Report of the Indian Hemp Drugs Commission, 1894-1895 - Volume IV
Year: 1894
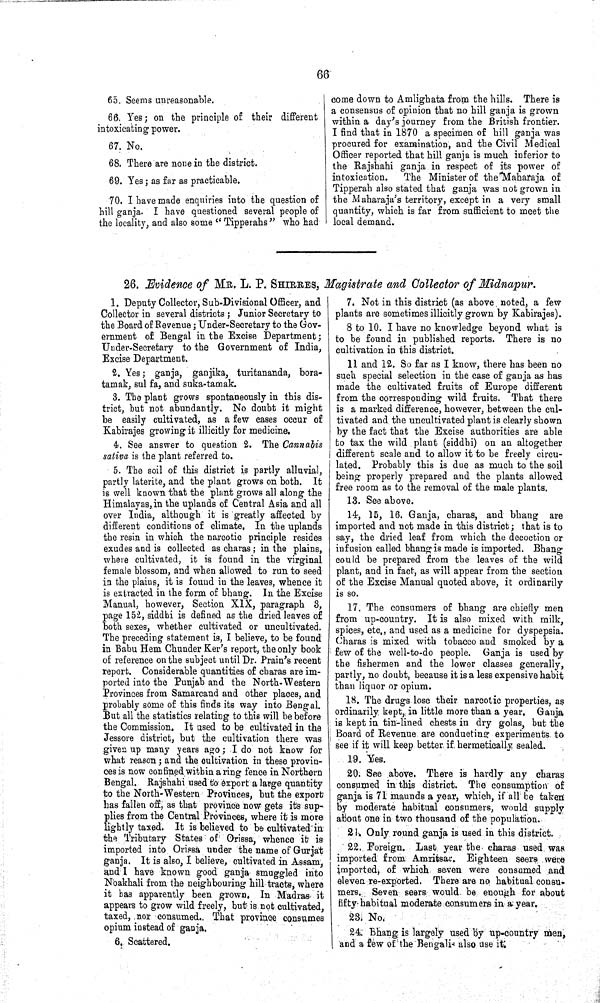
66
65. Seems unreasonable.
66. Yes; on the principle of their different
intoxicating power.
67. No.
68. There are none in the district.
69. Yes; as far as practicable.
70. I have made enquiries into the question of
hill ganja. I have questioned several people of
the locality, and also some "Tipperahs" who had
come down to Amlighata from the hills. There is
a consensus of opinion that no hill ganja is grown
within a day's journey from the British frontier.
I find that in 1870 a specimen of hill ganja was
procured for examination, and the Civil Medical
Officer reported that hill ganja is much inferior to
the Rajshahi ganja in respect of its power of
intoxication. The Minister of the Maharaja of
Tipperah also stated that ganja was not grown in
the Maharaja's territory, except in a very small
quantity, which is far from sufficient to meet the
local demand.
26. Evidence of MR. L. P. SHIRRES, Magistrate and Collector of Midnapur.
1. Deputy Collector, Sub-Divisional Officer, and
Collector in several districts; Junior Secretary to
the Board of Revenue; Under-Secretary to the Gov¬
ernment of Bengal in the Excise Department;
Under-Secretary to the Government of India,
Excise Department.
2. Yes; ganja, ganjika, turitananda, bora-
tamak, sul fa, and suka-tamak.
3. The plant grows spontaneously in this dis¬
trict, but not abundantly. No doubt it might
be easily cultivated, as a few cases occur of
Kabirajes growing it illicitly for medicine.
4. See answer to question 2. The Cannabis
sativa is the plant referred to.
5. The soil of this district is partly alluvial,
partly laterite, and the plant grows on both. It
is well known that the plant grows all along the
Himalayas, in the uplands of Central Asia and all
over India, although it is greatly affected by
different conditions of climate. In the uplands
the resin in which the narcotic principle resides
exudes and is collected as charas; in the plains,
where cultivated, it is found in the virginal
female blossom, and when allowed to run to seed
in the plains, it is found in the leaves, whence it
is extracted in the form of bhang. In the Excise
Manual, however, Section XIX, paragraph 3,
page 152, siddhi is defined as the dried leaves of
both sexes, whether cultivated or uncultivated.
The preceding statement is, I believe, to be found
in Babu Hem Chunder Ker's report, the only book
of reference on the subject until Dr. Prain's recent
report. Considerable quantities of charas are im¬
ported into the Punjab and the North-Western
Provinces from Samarcand and other places, and
probably some of this finds its way into Bengal.
But all the statistics relating to this will be before
the Commission. It used to be cultivated in the
Jessore district, but the cultivation there was
given up many years ago; I do not know for
what reason; and the cultivation in these provin¬
ces is now confined within a ring fence in Northern
Bengal. Rajshahi used to export a large quantity
to the North-Western Provinces, but the export
has fallen off, as that province now gets its sup¬
plies from the Central Provinces, where it is more
lightly taxed. It is believed to be cultivated in
the Tributary States of Orissa, whence it is
imported into Orissa under the name of Gurjat
ganja. It is also, I believe, cultivated in Assam,
and I have known good ganja smuggled into
Noakhali from the neighbouring hill tracts, where
it has apparently been grown. In Madras it
appears to grow wild freely, but is not cultivated,
taxed, nor consumed. That province consumes
opium instead of ganja.
6. Scattered.
7. Not in this district (as above noted, a few
plants are sometimes illicitly grown by Kabirajes).
8 to 10. I have no knowledge beyond what is
to be found in published reports. There is no
cultivation in this district.
11 and 12. So far as I know, there has been no
such special selection in the case of ganja as has
made the cultivated fruits of Europe different
from the corresponding wild fruits. That there
is a marked difference, however, between the cul¬
tivated and the uncultivated plant is clearly shown
by the fact that the Excise authorities are able
to tax the wild plant (siddhi) on an altogether
different scale and to allow it to be freely circu¬
lated. Probably this is due as much to the soil
being properly prepared and the plants allowed
free room as to the removal of the male plants.
13. See above.
14, 15, 16. Ganja, charas, and bhang are
imported and not made in this district; that is to
say, the dried leaf from which the decoction or
infusion called bhang is made is imported. Bhang
could be prepared from the leaves of the wild
plant, and in fact, as will appear from the section
of the Excise Manual quoted above, it ordinarily
is so.
17. The consumers of bhang are chiefly men
from up-country. It is also mixed with milk,
spices, etc., and used as a medicine for dyspepsia.
Charas is mixed with tobacco and smoked by a
few of the well-to-do people. Ganja is used by
the fishermen and the lower classes generally,
partly, no doubt, because it is a less expensive habit
than liquor or opium.
18. The drugs lose their narcotic properties, as
ordinarily kept, in little more than a year. Ganja
is kept in tin-lined chests in dry golas, but the
Board of Revenue are conducting experiments to
see if it will keep better if hermetically sealed.
19. Yes.
20. See above. There is hardly any charas
consumed in this district. The consumption of
ganja is 71 maunds a year, which, if all be taken
by moderate habitual consumers, would supply
about one in two thousand of the population.
21. Only round ganja is used in this district.
22. Foreign. Last year the charas used was
imported from Amritsar. Eighteen seers were
imported, of which seven were consumed and
eleven re-exported. There are no habitual cousu-
mers. Seven seers would be enough for about
fifty habitual moderate consumers in a year.
23. No.
24 Bhang is largely used by up-country men,
and a few of the Bengalis also use it.